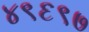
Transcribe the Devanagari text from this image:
४९६९७